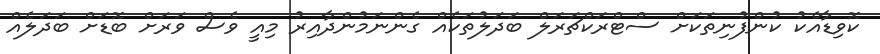
ކޮވިޑާއެކު ކުންފުނިތަކަށް ސްޓްރަކްޗަރަލް ބަދަލުތަކެއް ގެންނަމުންދާއިރު މިއީ ވެެސް ވަރަށް ބޮޑަށް ބަދަލެއް